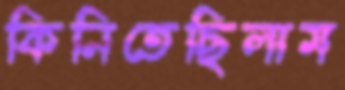
কিনিতেছিলাম